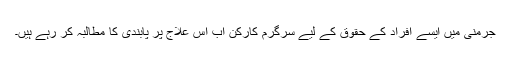
جرمنی میں ایسے افراد کے حقوق کے لیے سرگرم کارکن اب اس علاج پر پابندی کا مطالبہ کر رہے ہیں۔